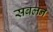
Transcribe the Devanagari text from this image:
सबलन